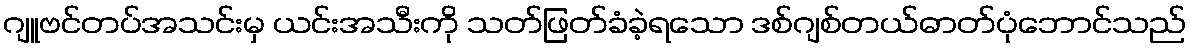
ဂျူဗင်တပ်အသင်းမှ ယင်းအသီးကို သတ်ဖြတ်ခံခဲ့ရသော ဒစ်ဂျစ်တယ်ဓာတ်ပုံဘောင်သည်